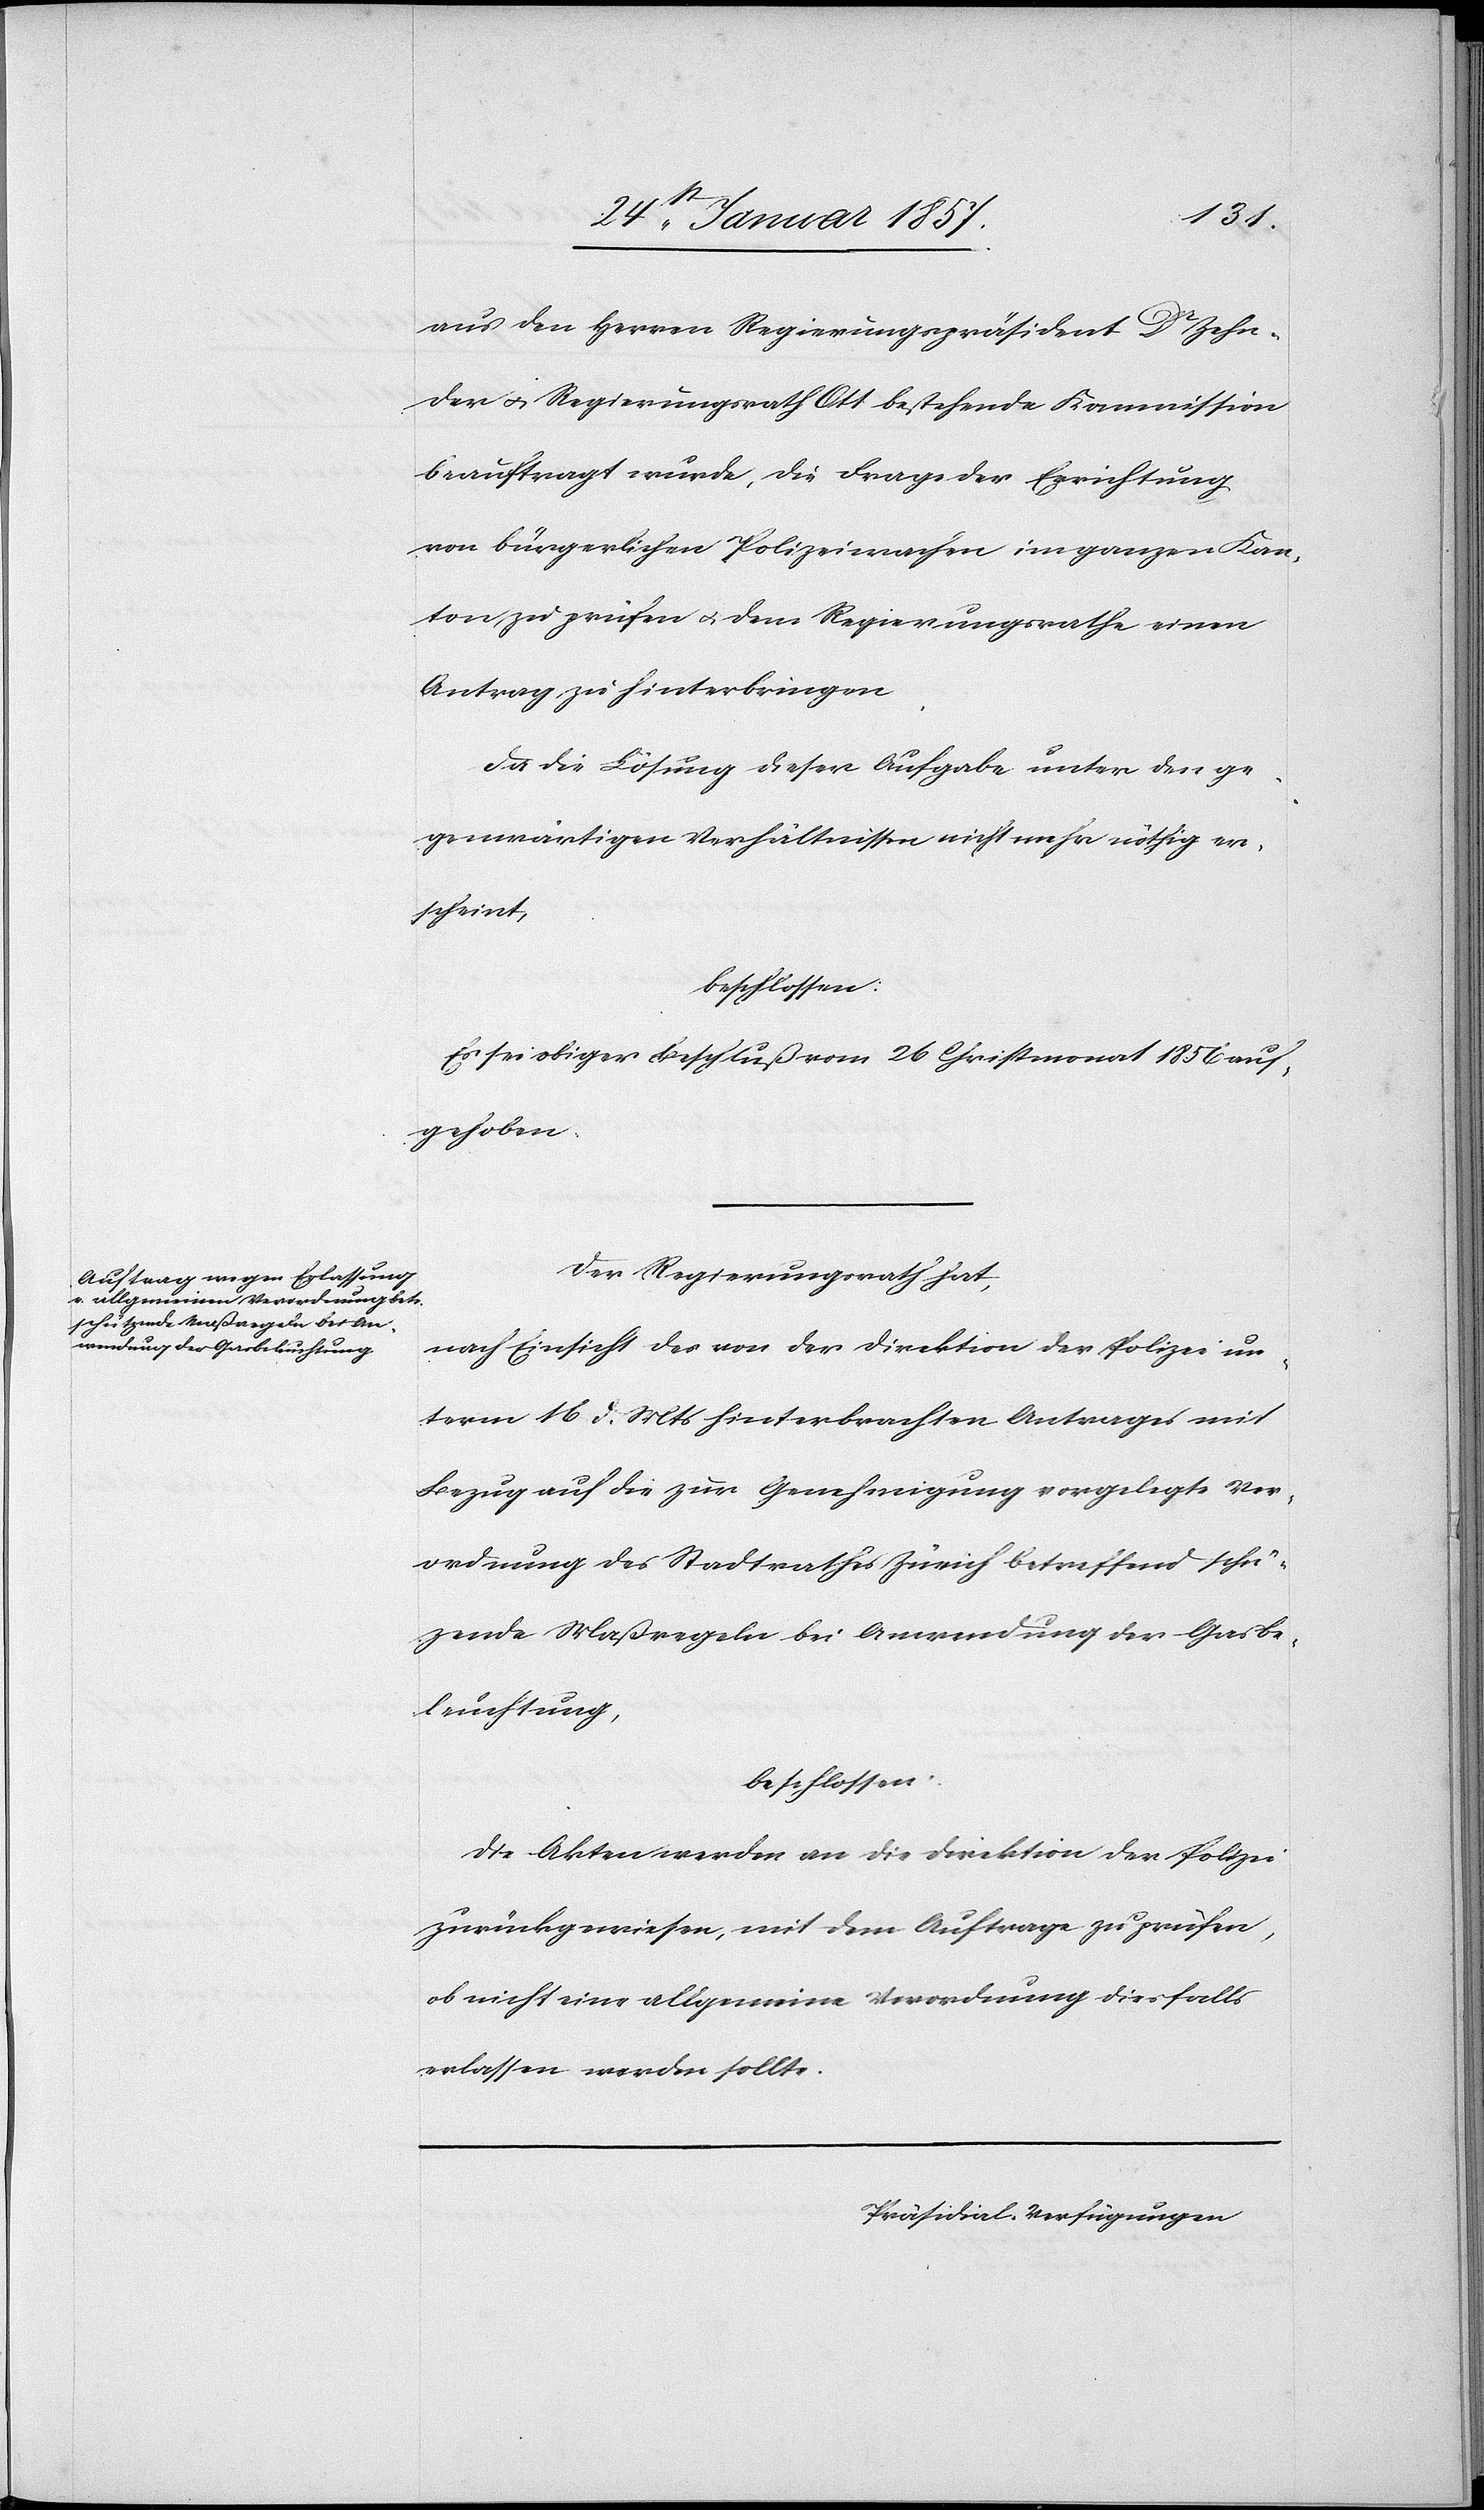
aus den Herren Regierungspräsident Dr. Zehn¬
der u. Regierungsrath Ott bestehende Kommission
beauftragt wurde, die Frage der Errichtung
von bürgerlichen Polizeiwachen im ganzen Kan¬
ton zu prüfen & dem Regierungsrathe einen
Antrag zu hinterbringen,
da die Lösung dieser Aufgabe unter den ge¬
genwärtigen Verhältnissen nicht mehr nöthig er¬
scheint,
beschlossen:
Es sei obiger Beschluß vom 26 Christmonat 1856 auf¬
gehoben.
Der Regierungsrath hat,
nach Einsicht des von der Direktion der Polizei un¬
term 16 d. Mts hinterbrachten Antrages mit
Bezug auf die zur Genehmigung vorgelegte Ver¬
ordnung des Stadtrathes Zürich betreffend schü¬
zende Maßregeln bei Anwendung der Gasbe¬
leuchtung,
beschlossen:
Die Akten werden an die Direktion der Polizei
zurückgewiesen, mit dem Auftrage zu prüfen,
ob nicht eine allgemeine Verordnung diesfalls
erlassen werden sollte.